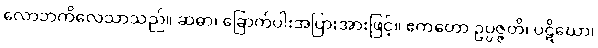
လောဘကိလေသာသည်။ ဆဓာ၊ ခြောက်ပါးအပြားအားဖြင့်။ ဧကတော ဥပ္ပဇ္ဇတိ၊ ပဋိဃော၊